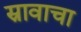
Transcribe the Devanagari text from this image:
स्रावाचा